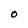
Character: O